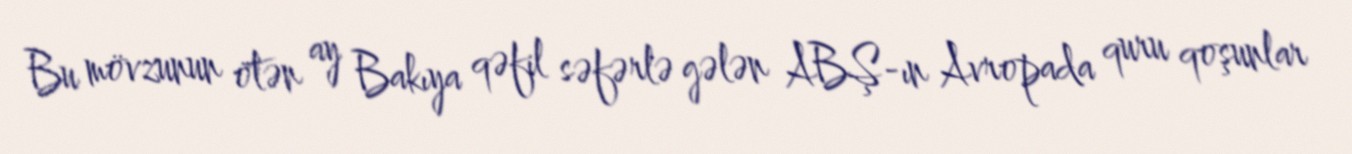
Bu mövzunun ötən ay Bakıya qəfil səfərlə gələn ABŞ-ın Avropada quru qoşunlar